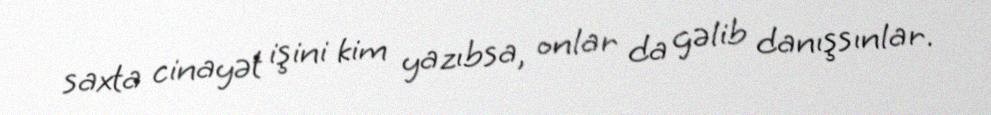
saxta cinayət işini kim yazıbsa, onlar da gəlib danışsınlar.